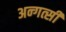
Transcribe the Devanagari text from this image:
अन्गत्सी